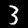
Label: 3